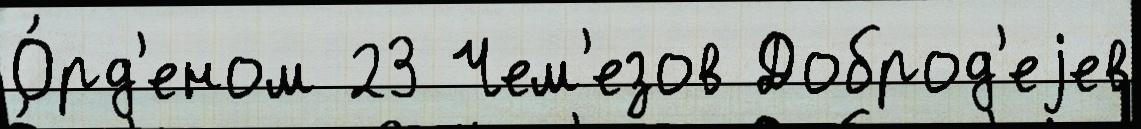
О́рд'еном 23 Чем'езов Доброд'еjев